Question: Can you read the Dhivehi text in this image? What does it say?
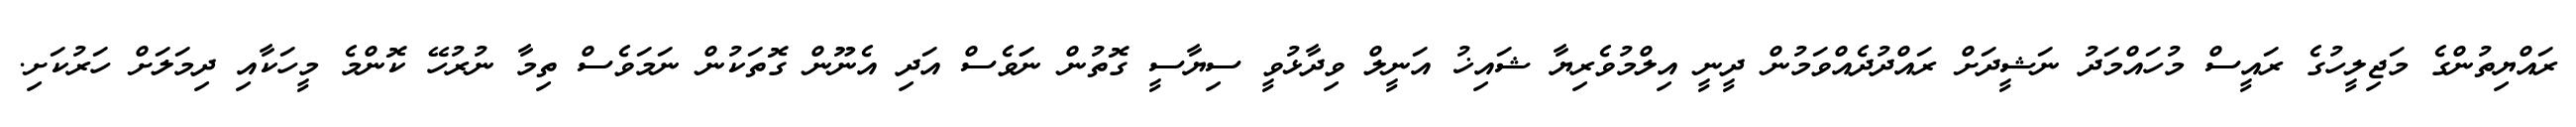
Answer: ރައްޔިތުންގެ މަޖިލީހުގެ ރައީސް މުހައްމަދު ނަޝީދަށް ރައްދުދެއްވަމުން ދީނީ އިލްމުވެރިޔާ ޝައިޚު އަނީލް ވިދާޅުވީ ސިޔާސީ ގޮތުން ނަަވެސް އަދި އެނޫން ގޮތަކުން ނަމަވެސް ތިމާ ނުރުހޭ ކޮންމެ މީހަކާއި ދިމަލަށް ހަރުކަށި.